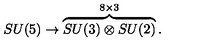
S U ( 5 ) \rightarrow \overbrace { S U ( 3 ) \otimes S U ( 2 ) } ^ { 8 \times 3 } .